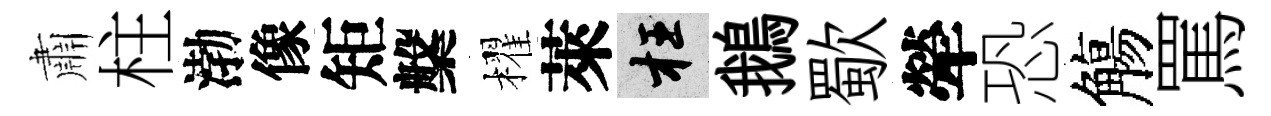
肅柱渤像矩槃櫂萊枉鵝歜犖恐觴罵